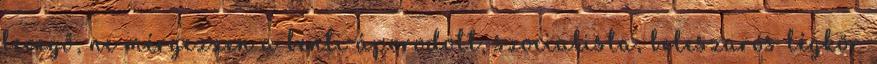
levegő, ne mérgezzen a benti áporodott, szocialista, beleszarós légkör